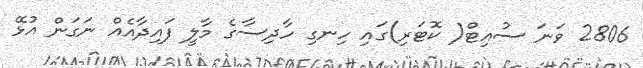
2806 ވަނަ ސުއިޓް( ކޮޓަރި)ގައި ހިނގި ހާދިސާގެ މާލީ ފައިދާއެއް ނަގަން އުޅޭ